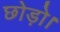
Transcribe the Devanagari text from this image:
छोड़ो।